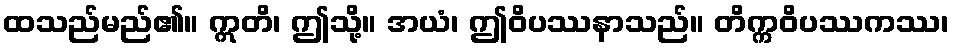
ထသည်မည်၏။ ဣတိ၊ ဤသို့။ အယံ၊ ဤဝိပဿနာသည်။ တိက္ကဝိပဿကဿ၊